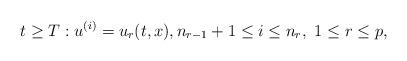
LaTeX: \begin{align*}t\geq T: u^{(i)} =u_r (t,x), n_{r-1}+1\leq i \leq n_r,~ 1\leq r\leq p,\end{align*}